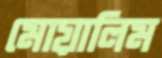
মোয়ালিম